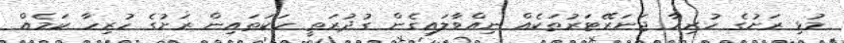
މުޅި ރަށުގެ ހުރިހާ ޖަނަރޭޓަރުތަކެއް ނިއްވާލައިގެން ގުދުރަތީ ހަކަތައިން ރަށުގެ ހުރިހާ ކަމެއް